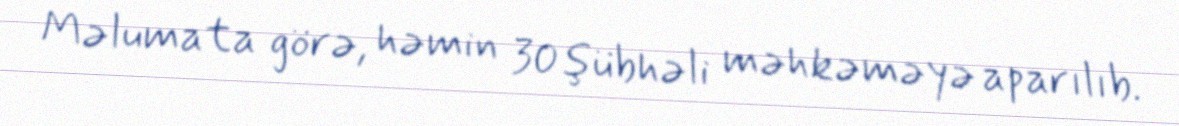
Məlumata görə, həmin 30 şübhəli məhkəməyə aparılıb.